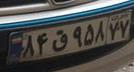
۸۴ق۹۵۸۷۷